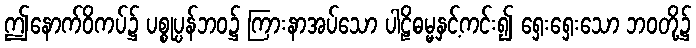
ဤနောက်ဝိကပ်၌ ပစ္စုပ္ပန်ဘဝ၌ ကြားနာအပ်သော ပါဠိဓမ္မနှင့်ကင်း၍ ရှေးရှေးသော ဘဝတို့၌